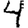
Digit: 4